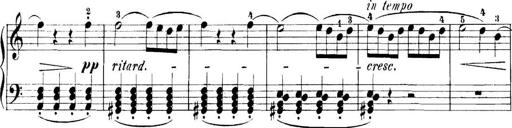
Title: 11 Sonatinas
Composer: Anton Diabelli